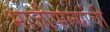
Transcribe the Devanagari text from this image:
भाजीपाल्यांची